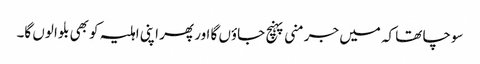
سوچا تھا کہ میں جرمنی پہنچ جاؤں گا اور پھر اپنی اہلیہ کو بھی بلوا لوں گا۔